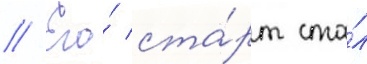
// Его́ ста́рт ста́л